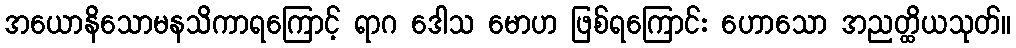
အယောနိသောမနသိကာရကြောင့် ရာဂ ဒေါသ မောဟ ဖြစ်ရကြောင်း ဟောသော အညတ္ထိယသုတ်။